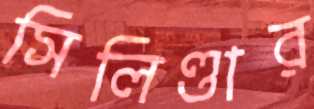
সিলিণ্ডার